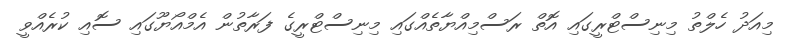
މިއަދު ހެލްތު މިނިސްޓްރީގައި އޮތް ރަސްމިއްޔާތެއްގައި މިނިސްޓްރީގެ ފަރާތުން އެމްއޯޔޫގައި ސޮއި ކުރެއްވީ